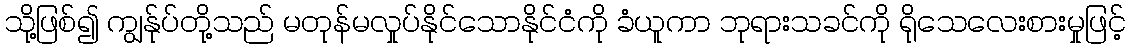
သို့ဖြစ်၍ ကျွန်ုပ်တို့သည် မတုန်မလှုပ်နိုင်သောနိုင်ငံကို ခံယူကာ ဘုရားသခင်ကို ရိုသေလေးစားမှုဖြင့်